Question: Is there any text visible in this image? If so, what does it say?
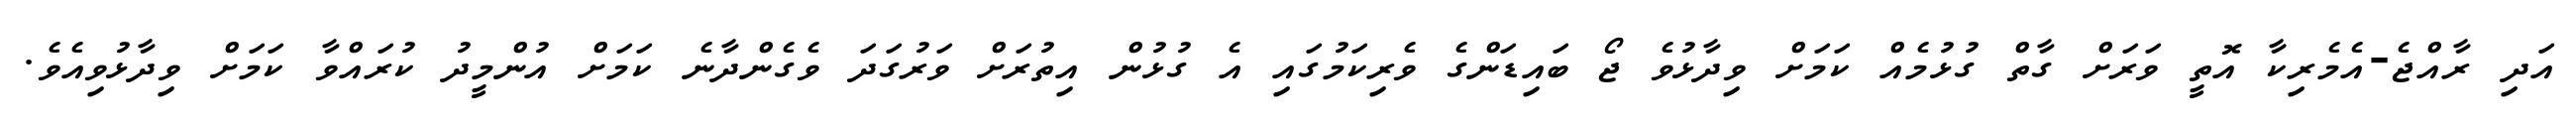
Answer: އަދި ރާއްޖެ-އެމެރިކާ އޮތީ ވަރަށް ގާތް ގުޅުމެއް ކަމަށް ވިދާޅުވެ ޖޯ ބައިޑަންގެ ވެރިކަމުގައި އެ ގުޅުން އިތުރަށް ވަރުގަދަ ވެގެންދާނެ ކަމަށް އުންމީދު ކުރައްވާ ކަމަށް ވިދާޅުވިއެވެ.